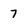
Character: 7